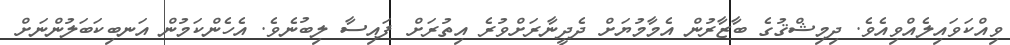
ވިއްކަވައިލެއްވިއެވެ. ދިމިޝްޤުގެ ބާޒާރުން އެމާމުޔަށް ދެދީނާރަށްވުރެ އިތުރަށް ފައިސާ ލިބުނެވެ. އެހެންކަމުން އަނބިކަބަލުންނަށް